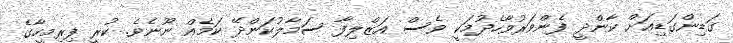
ގަޑިންގަޑިއަށް ކާންދީ ފެންވަރުވާހެދުމަކީ ވެސް އަޒްލިފާ ސަމާލުކަންދޭ ކަމެއް ނޫނެވެ. ކުރީ ފިރިމީހާގެ